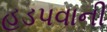
હડપવાની